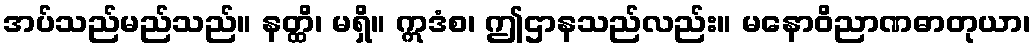
အပ်သည်မည်သည်။ နတ္ထိ၊ မရှိ။ ဣဒံစ၊ ဤဌာနသည်လည်း။ မနောဝိညာဏဓာတုယာ၊